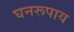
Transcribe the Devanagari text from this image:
घनरूपाय